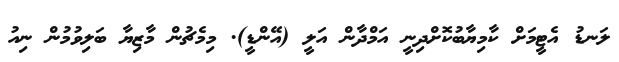
ލަނޑު އެޓީމަށް ކާމިޔާބުކޮށްދިނީ އަމްދާން އަލީ (އޭންޑީ). މިމެޗުން މާޒިޔާ ބަލިވުމުން ނިއު